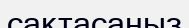
сақтасаңыз